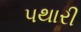
પથારી